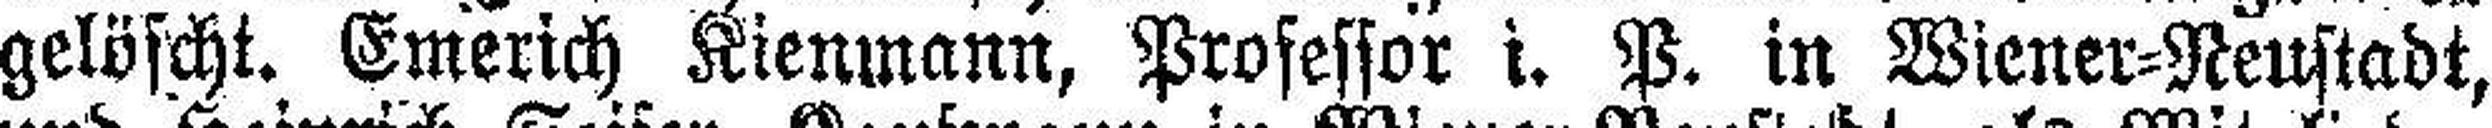
gelöscht. Emerich Kienmann, Professor i. P. in Wiener=Neustadt,